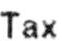
TAX